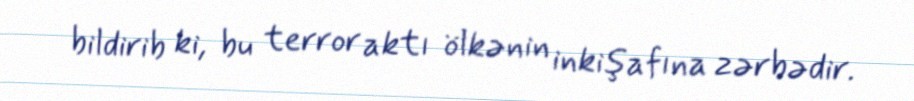
bildirib ki, bu terror aktı ölkənin inkişafına zərbədir.